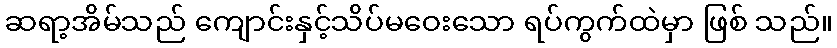
ဆရာ့အိမ်သည် ကျောင်းနှင့်သိပ်မဝေးသော ရပ်ကွက်ထဲမှာ ဖြစ် သည်။